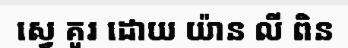
ស្វេ គូរ ដោយ យ៉ាន លី ពិន